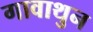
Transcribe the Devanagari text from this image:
गावाथुन